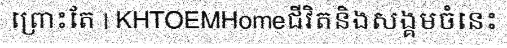
ព្រោះតែ | KHTOEMHomeជីវិតនិងសង្គមចំនេះ